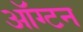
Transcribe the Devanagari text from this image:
ऑग्टन